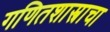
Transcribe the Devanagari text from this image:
गणितशास्त्राचा